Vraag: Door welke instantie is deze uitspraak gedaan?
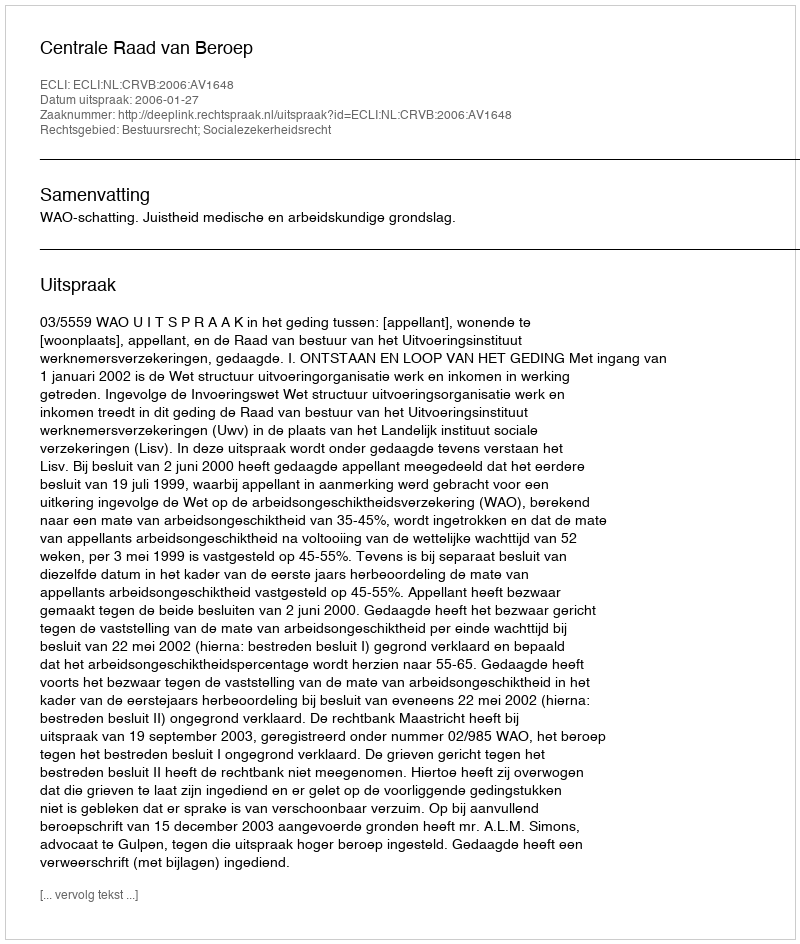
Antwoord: Centrale Raad van Beroep